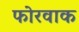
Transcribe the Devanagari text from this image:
फोरवाक